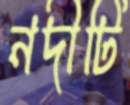
নদীটি